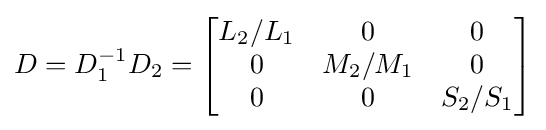
D=D_{1}^{-1}D_{2}={\begin{bmatrix}L_{2}/L_{1}&0&0\\0&M_{2}/M_{1}&0\\0&0&S_{2}/S_{1}\end{bmatrix}}